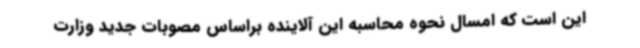
این است که امسال نحوه محاسبه این آلاینده براساس مصوبات جدید وزارت